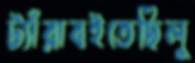
ট্যাঁরাবইতেছিলু